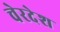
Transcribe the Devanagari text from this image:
चेरदेश